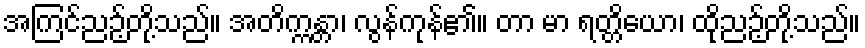
အကြင်ညဉ့်တို့သည်။ အတိက္ကန္တာ၊ လွန်ကုန်၏။ တာ မာ ရတ္တိယော၊ ထိုညဉ့်တို့သည်။